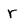
Character: r